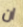
ان